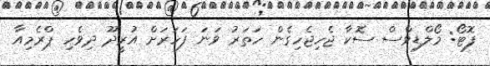
ފޮޓޯ: މޯލްޑިވްސް ސޮކާ ޖެހިޖެހިގެން ހަތަރު ވަނަ ފަހަރަށް އުރީދޫ ދިވެހި ޕްރެމިއާ